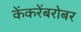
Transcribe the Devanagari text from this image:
केंकरेंबरोबर